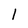
Character: l